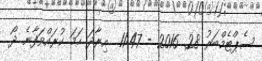
ސެޕްޓެމްބަރު 28